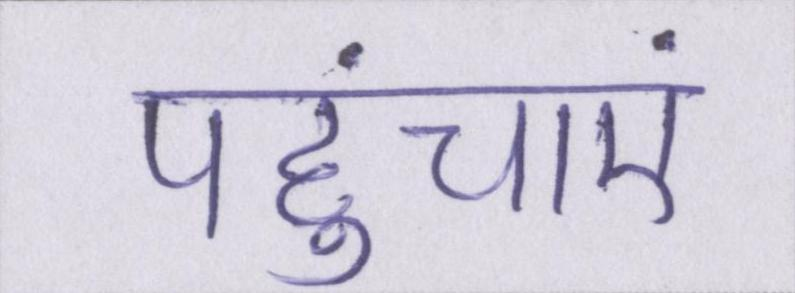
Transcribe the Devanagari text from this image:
पहुंचाएं